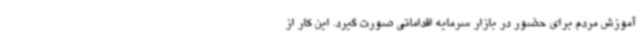
آموزش مردم برای حضور در بازار سرمایه اقداماتی صورت گیرد. این کار از